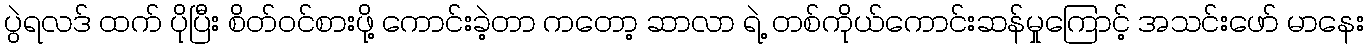
ပွဲရလဒ် ထက် ပိုပြီး စိတ်ဝင်စားဖို့ ကောင်းခဲ့တာ ကတော့ ဆာလာ ရဲ့ တစ်ကိုယ်ကောင်းဆန်မှုကြောင့် အသင်းဖော် မာနေး